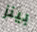
بينز